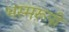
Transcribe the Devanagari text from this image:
भस्मरूपी